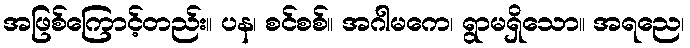
အဖြစ်ကြောင့်တည်း။ ပန၊ စင်စစ်။ အဂါမကေ၊ ရွာမရှိသော။ အရညေ၊